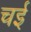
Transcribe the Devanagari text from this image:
चई